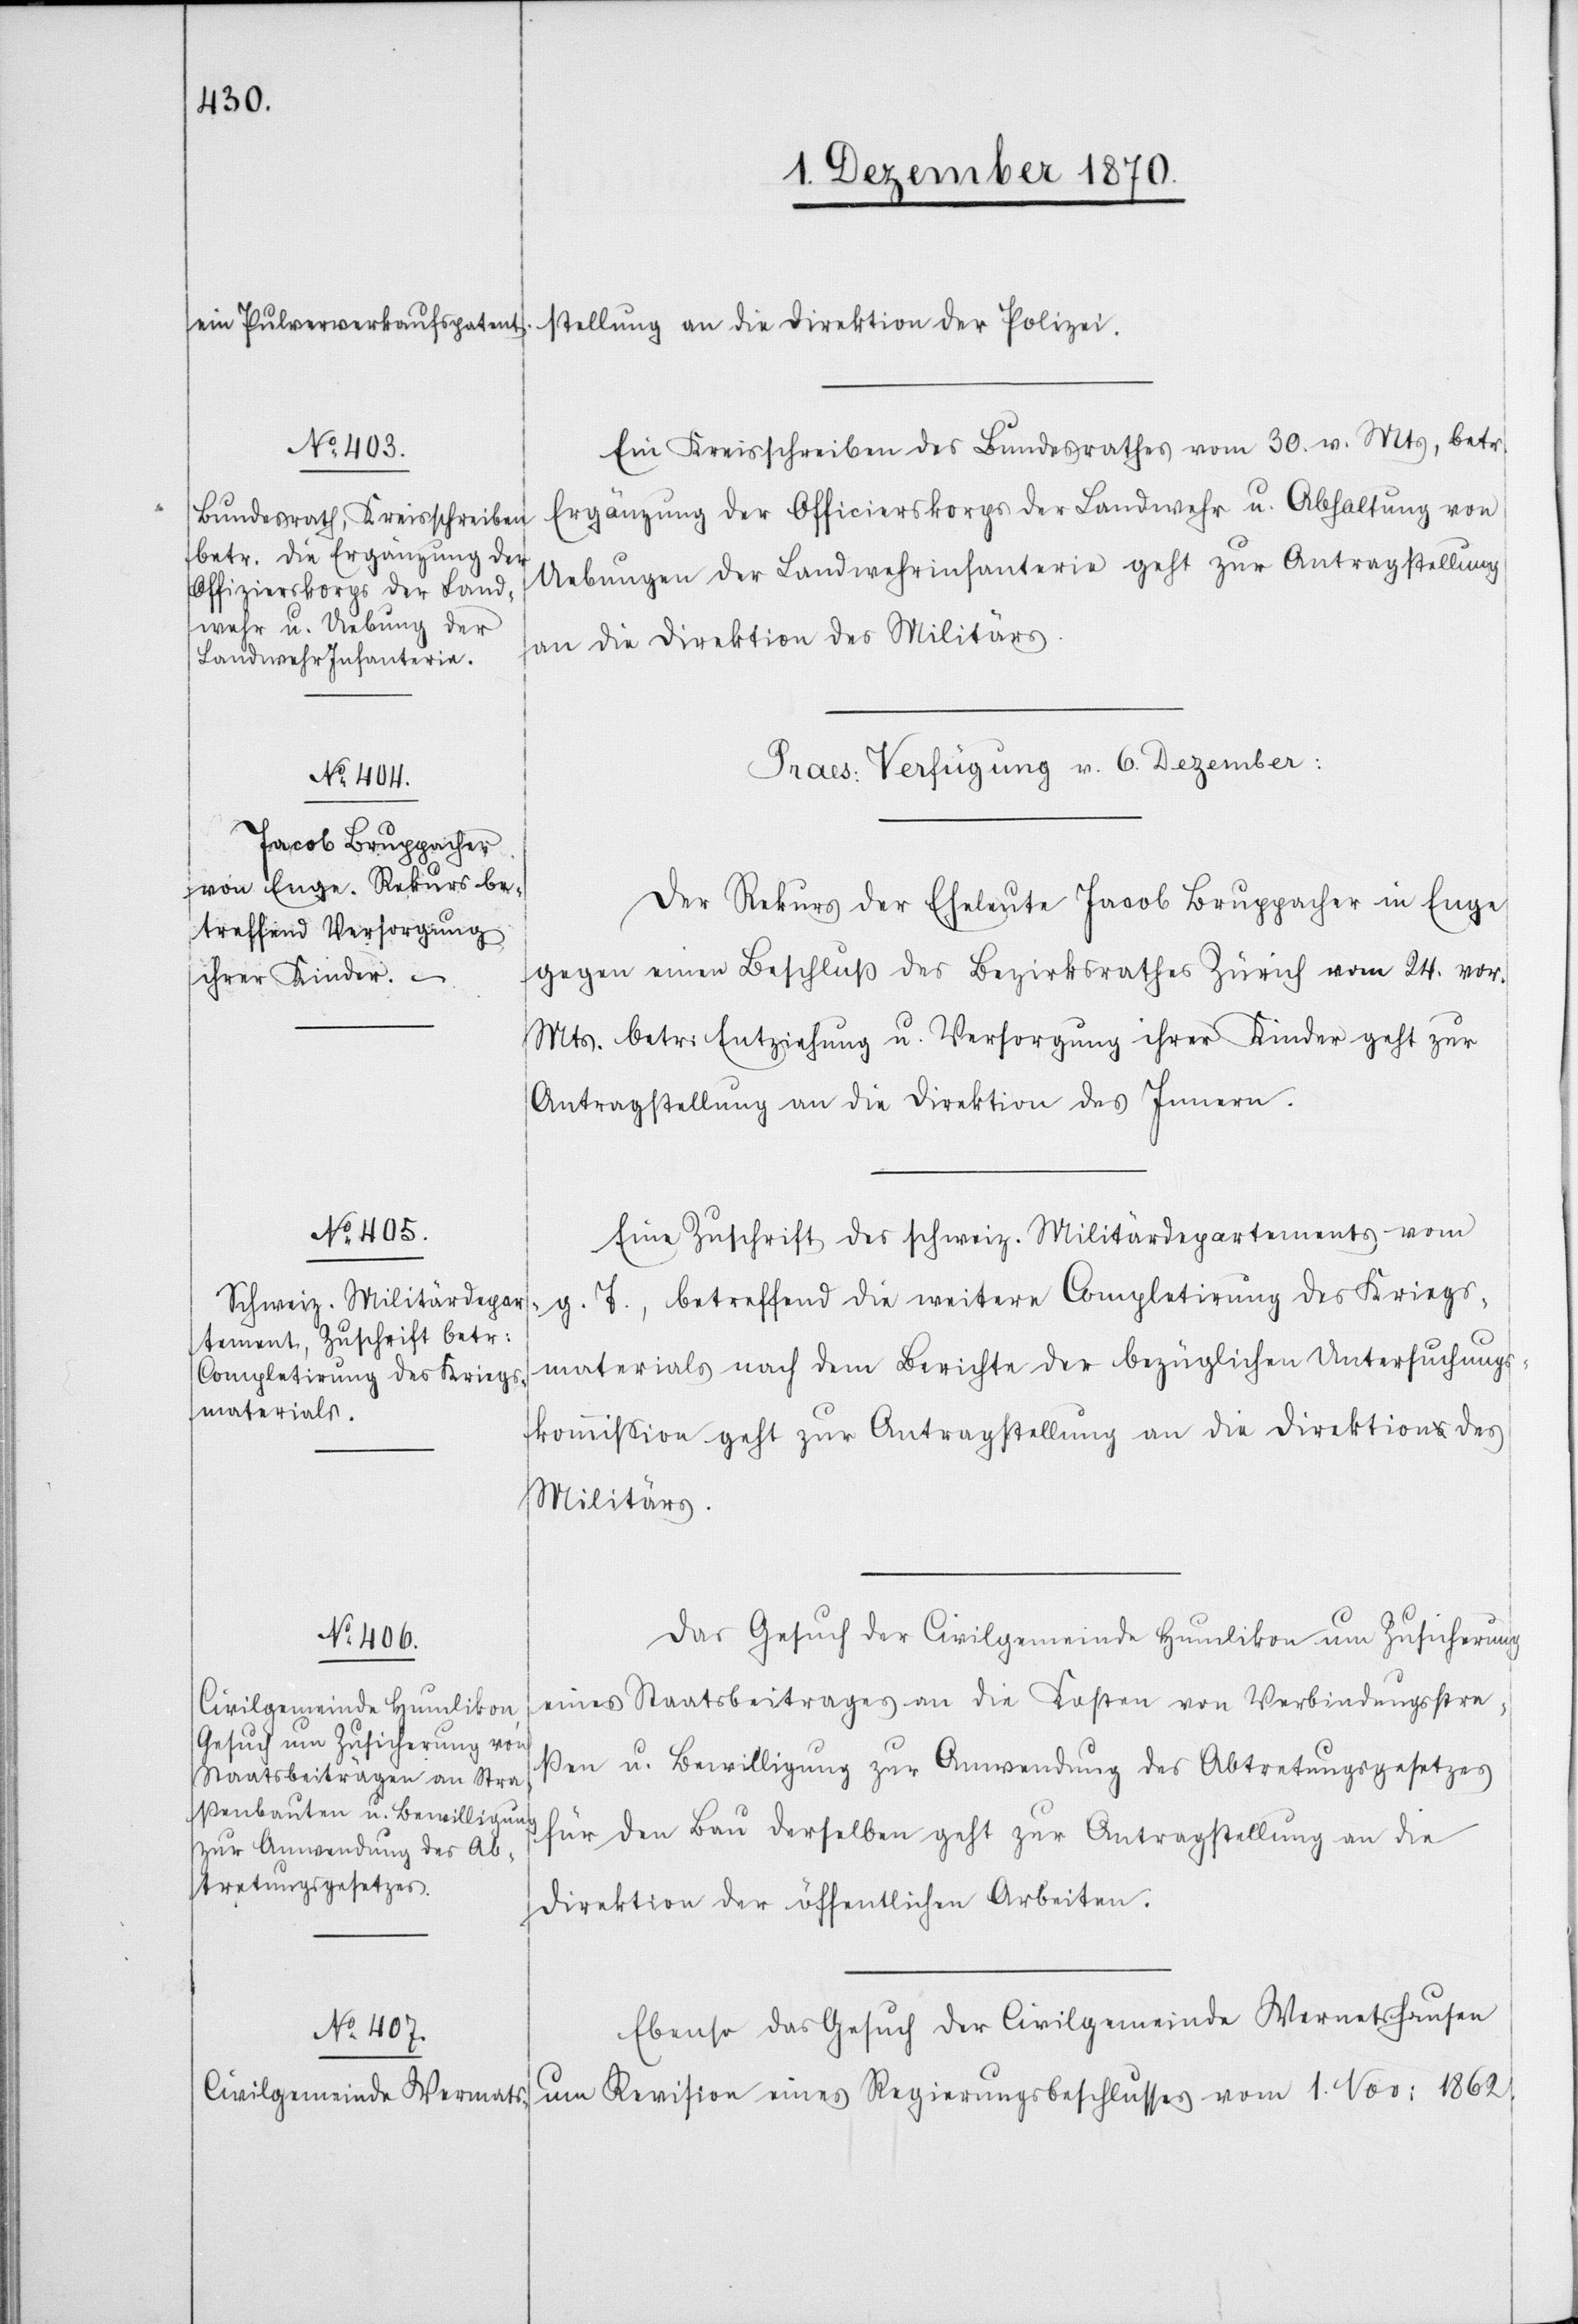
stellung an die Direktion der Polizei.
Ein Kreisschreiben des Bundesrathes vom 30. v. Mts, betr.
Ergänzung des Officierskorps der Landwehr u. Abhaltung von
Uebungen der Landwehrinfanterie geht zur Antragstellung
an die Direktion des Militärs.
[Praes: Verfügung v. 6. Dezember.]
Der Rekurs der Eheleute Jacob Bruppacher in Enge
gegen einen Beschluß des Bezirksrathes Zürich vom 24. vor.
Mts. betr: Entziehung u. Versorgung ihrer Kinder geht zur
Antragstellung an die Direktion des Innern.
Eine Zuschrift des schweiz. Militärdepartements vom
g. T., betreffend die weitere Completirung des Kriegs¬
materials nach dem Berichte der bezüglichen Untersuchung¬
skommission geht zur Antragstellung an die Direktion des
Militärs.
Das Gesuch der Civilgemeinde Humlikon um Zusicherung
eines Staatsbeitrages an die Kosten von Verbindungsstra¬
ßen u. Bewilligung zur Anwendung des Abtretungsgesetzes
für den Bau derselben geht zur Antragstellung an die
Direktion der öffentlichen Arbeiten.
Ebenso das Gesuch der Civilgemeinde Wermatshausen
um Revision eines Regierungsbeschlusses vom 1. Nov: 1862.